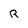
Character: R